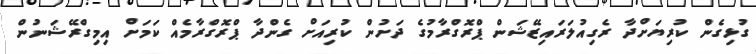
ގުޅިގެން ކުރިޔަށްދާ ރެގިއުލަރައިޒޭޝަން ޕްރޮގްރާމުގެ ދަށުން ކުރިއަށް ގެންދާ ޕްރޮގްރާމެއް ކަމަށް އިމިގްރޭޝަނުން